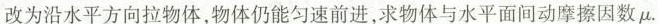
改为沿水平方向拉物体，物体仍能匀速前进，求物体与水平面间动摩擦因数\mu。